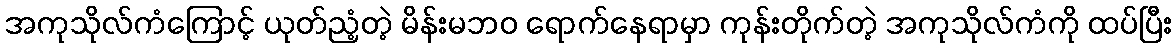
အကုသိုလ်ကံကြောင့် ယုတ်ညံ့တဲ့ မိန်းမဘဝ ရောက်နေရာမှာ ကုန်းတိုက်တဲ့ အကုသိုလ်ကံကို ထပ်ပြီး